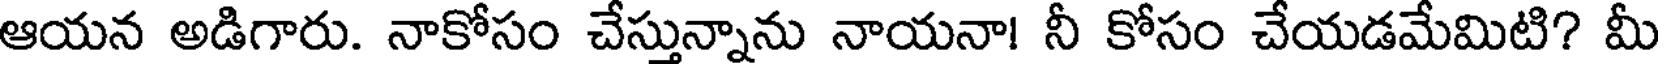
ఆయన అడిగారు. నాకోసం చేస్తున్నాను నాయనా! నీ కోసం చేయడమేమిటి? మీ